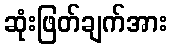
ဆုံးဖြတ်ချက်အား